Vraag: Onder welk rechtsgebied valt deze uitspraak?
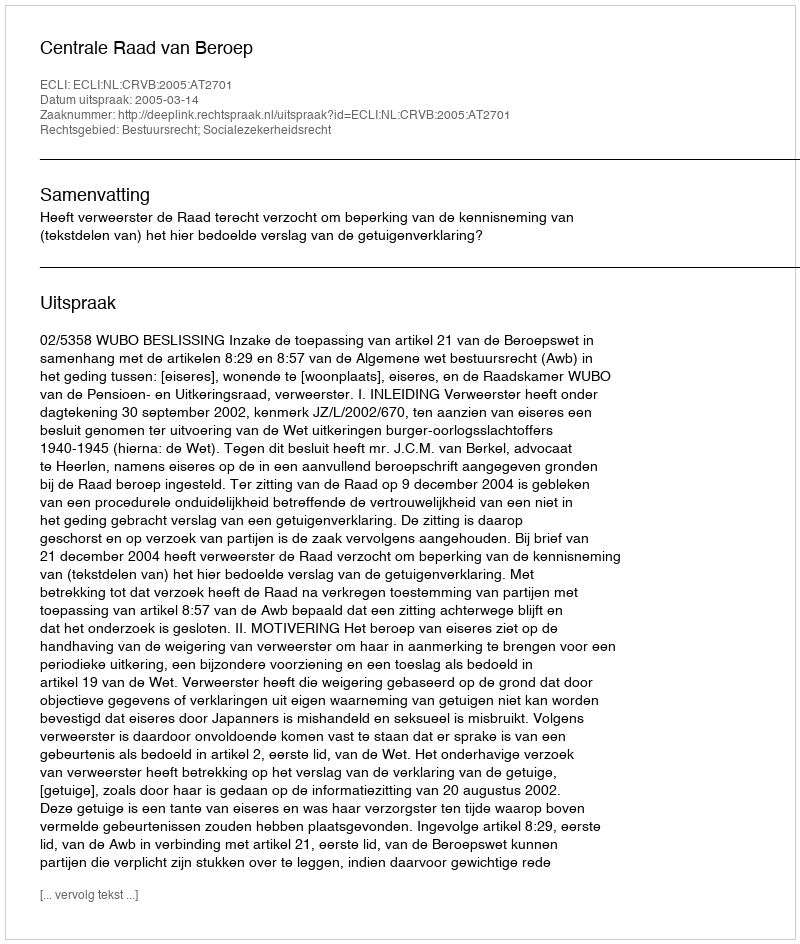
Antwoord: Bestuursrecht; Socialezekerheidsrecht